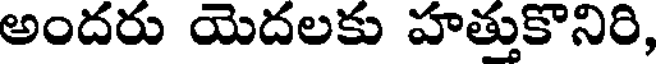
అందరు యెదలకు హత్తుకొనిరి,